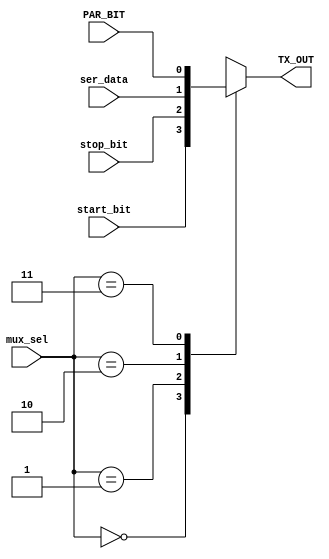
module MUX (
    input wire start_bit ,
    input wire stop_bit ,
    input wire ser_data ,
    input wire PAR_BIT ,
    input wire [1:0] mux_sel,
    output reg TX_OUT 
);
 

always @(*) begin
    case (mux_sel)
        2'b00:TX_OUT = start_bit ;
        2'b01:TX_OUT = stop_bit ;
        2'b10:TX_OUT = ser_data ;
        2'b11:TX_OUT = PAR_BIT ; 
        default: TX_OUT = 1'b1 ;
    endcase
end

endmodule